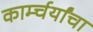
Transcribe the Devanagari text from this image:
कार्म्चर्यांचा